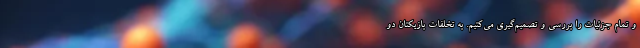
و تمام جزئیات را بررسی و تصمیم‌گیری می‌کنیم. به تخلفات بازیکنان دو